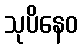
သုပိနေဝ